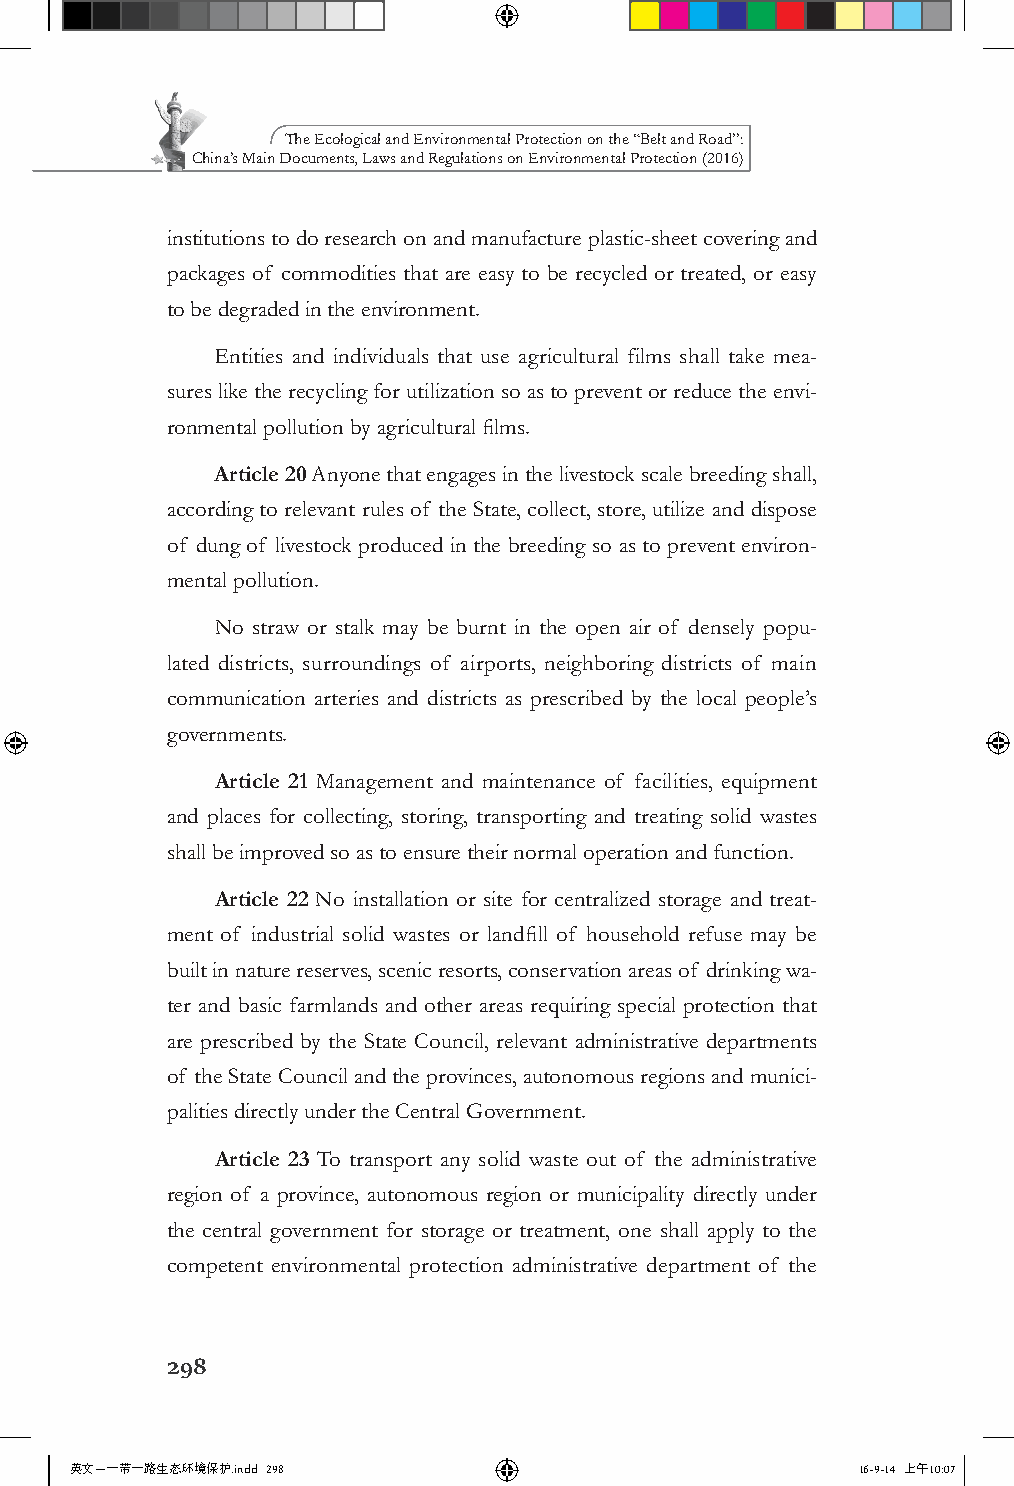
The Ecological and Environmental Protection on the “Belt and Road”:
 China’s Main Documents, Laws and Regulations on Environmental Protection (2016)
 institutions to do research on and manufacture plastic-sheet covering and
 packages of commodities that are easy to be recycled or treated, or easy
 to be degraded in the environment.
 Entities and individuals that use agricultural films shall take mea-
 sures like the recycling for utilization so as to prevent or reduce the envi-
 ronmental pollution by agricultural films.
 Article 20 Anyone that engages in the livestock scale breeding shall,
 according to relevant rules of the State, collect, store, utilize and dispose
 of dung of livestock produced in the breeding so as to prevent environ-
 mental pollution.
 No straw or stalk may be burnt in the open air of densely popu-
 lated districts, surroundings of airports, neighboring districts of main
 communication arteries and districts as prescribed by the local people’s
 governments.
 Article 21 Management and maintenance of facilities, equipment
 and places for collecting, storing, transporting and treating solid wastes
 shall be improved so as to ensure their normal operation and function.
 Article 22 No installation or site for centralized storage and treat-
 ment of industrial solid wastes or landfill of household refuse may be
 built in nature reserves, scenic resorts, conservation areas of drinking wa-
 ter and basic farmlands and other areas requiring special protection that
 are prescribed by the State Council, relevant administrative departments
 of the State Council and the provinces, autonomous regions and munici-
 palities directly under the Central Government.
 Article 23 To transport any solid waste out of the administrative
 region of a province, autonomous region or municipality directly under
 the central government for storage or treatment, one shall apply to the
 competent environmental protection administrative department of the
 298
 英文－一带一路生态环境保护.indd 298                              16-9-14 上午10:07